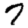
Digit: 7